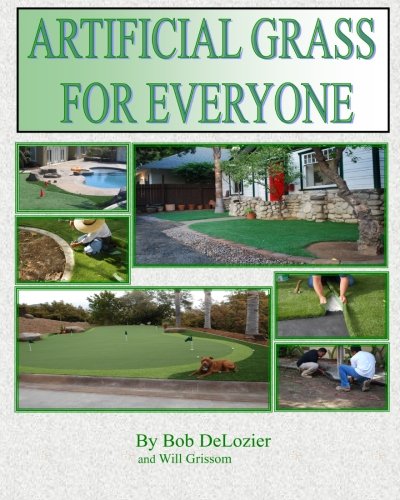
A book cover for Artificial Grass for Everyone: Ultimate Do It Yourself Guide To Installing Artificial Grass; Bob DeLozier; Crafts, Hobbies & Home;